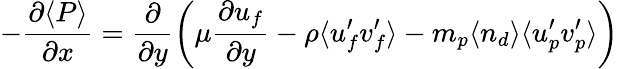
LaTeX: -\frac{\partial\langle P\rangle}{\partial x}=\frac{\partial}{\partial y}\left(\mu\frac{\partial u_{f}}{\partial y}-\rho\langle u_{f}^{\prime}v_{f}^{\prime}\rangle-m_{p}\langle n_{d}\rangle\langle u_{p}^{\prime}v_{p}^{\prime}\rangle\right)